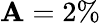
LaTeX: \mathbf{A}=2\%